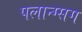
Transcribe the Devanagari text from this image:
पलान्ग्सग